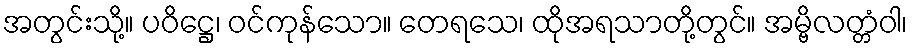
အတွင်းသို့။ ပဝိဋ္ဌေ၊ ဝင်ကုန်သော။ တေရသေ၊ ထိုအရသာတို့တွင်။ အမ္ဗိလတ္တံဝါ၊